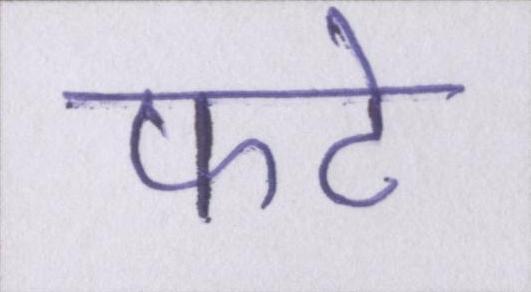
फटे